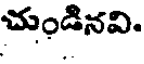
చుండినవి.